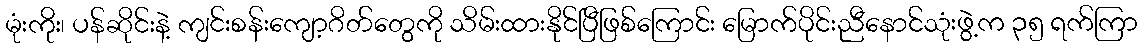
မုံးကိုး၊ ပန်ဆိုင်းနဲ့ ကျင်းစန်းကျော့ဂိတ်တွေကို သိမ်းထားနိုင်ပြီဖြစ်ကြောင်း မြောက်ပိုင်းညီနောင်သုံးဖွဲ့က ၃၅ ရက်ကြာ